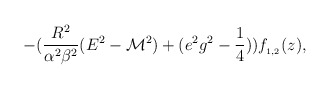
\begin{align*}-(\frac{R^2}{\alpha^2 \beta^2}(E^2-{\cal M}^2)+(e^2g^2-\frac{1}{4}))f_{_{1,2}}(z),\end{align*}